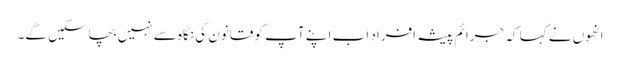
انھوں نے کہا کہ جرائم پیشہ افراد اب اپنے آپ کو قانون کی نگاہ سے نہیں بچاسکیں گے۔